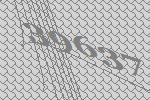
39637